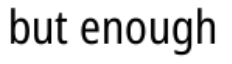
but enough